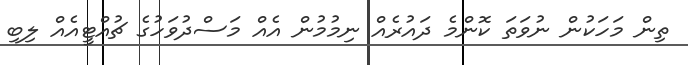
ތިން މަހަކުން ނުވަތަ ކޮންމެ ދައުރެއް ނިމުމުން އެއް މަސްދުވަހުގެ ޗުއްޓީއެއް ލިބި